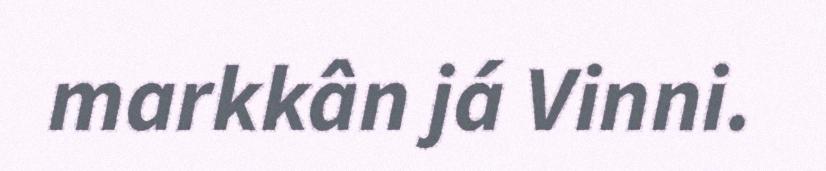
markkân já Vinni.